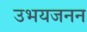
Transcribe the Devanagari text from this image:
उभयजनन